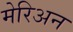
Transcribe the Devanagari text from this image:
मेरिअन